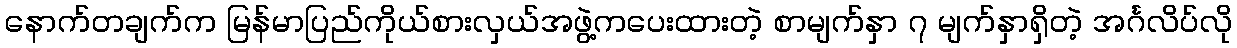
နောက်တချက်က မြန်မာပြည်ကိုယ်စားလှယ်အဖွဲ့ကပေးထားတဲ့ စာမျက်နှာ ၇ မျက်နှာရှိတဲ့ အင်္ဂလိပ်လို